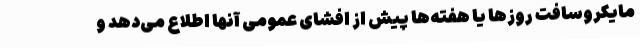
مایکروسافت روزها یا هفته‌ها پیش از افشای عمومی آنها اطلاع می‌دهد و